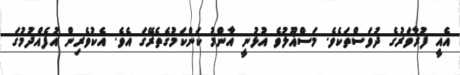
އެއީ ފުރާވަރުގެ ދުވަސްތަކެވެ. މަސްޣޫލުވެ އުޅުނީ އާންމު ކަންކަމުގެތެރޭގަ އެވެ. އެކުވެރިން އުފެއްދުމުގަ